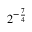
2 ^ { - { \frac { 7 } { 4 } } }